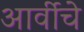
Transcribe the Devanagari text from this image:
आर्वीचे